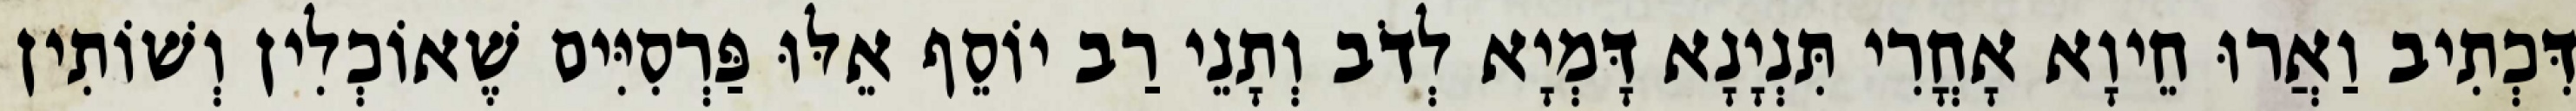
דִּכְתִיב וַאֲרוּ חֵיוָא אָחֳרִי תִּנְיָנָא דָּמְיָא לְדֹב וְתָנֵי רַב יוֹסֵף אֵלּוּ פַּרְסִיִּים שֶׁאוֹכְלִין וְשׁוֹתִין